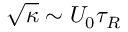
\sqrt { \kappa } \sim U _ { 0 } \tau _ { R }